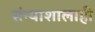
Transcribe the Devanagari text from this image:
संन्याशालाही